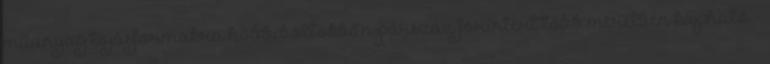
műanyag tojásformákra hobbiboltokban párszáz forintért több méretben kapható -